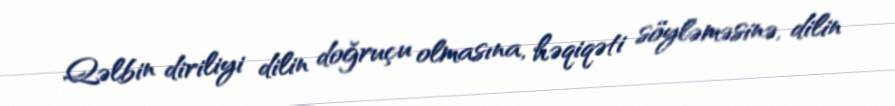
Qəlbin diriliyi dilin doğruçu olmasına, həqiqəti söyləməsinə, dilin